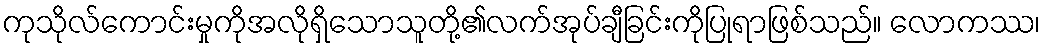
ကုသိုလ်ကောင်းမှုကိုအလိုရှိသောသူတို့၏လက်အုပ်ချီခြင်းကိုပြုရာဖြစ်သည်။ လောကဿ၊